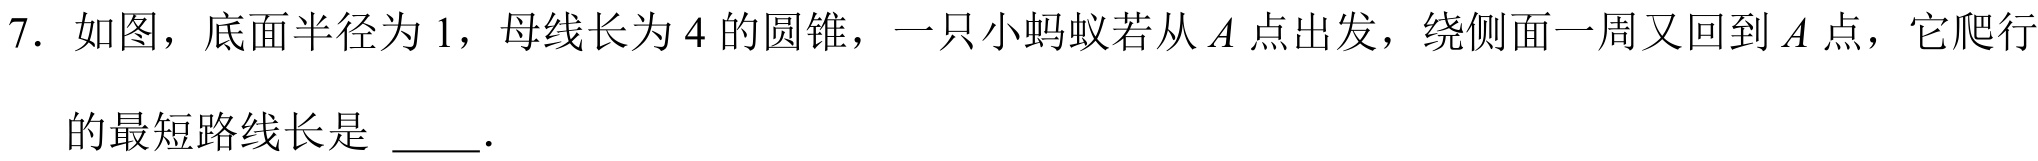
7. 如图，底面半径为1，母线长为4的圆锥，一只小蚂蚁若从\(A\)点出发，绕侧面一周又回到\(A\)点，它爬行
的最短路线长是 \underline{\quad\quad}．